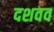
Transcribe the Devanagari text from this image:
दशवव